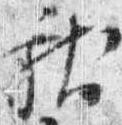
献